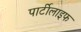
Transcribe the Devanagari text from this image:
पार्टीलाइफ